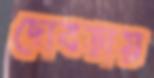
ছোবড়ায়